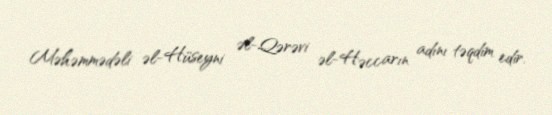
Məhəmmədəli əl-Hüseyni əl-Qərəvi əl-Həccarın adını təqdim edir.